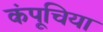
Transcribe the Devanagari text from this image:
कंपूचिया